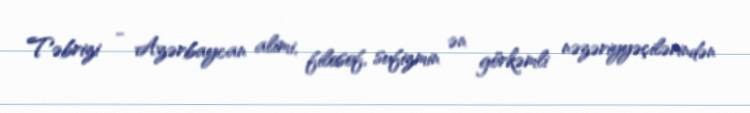
Təbrizi - Azərbaycan alimi, filosof, sufizmin ən görkəmli nəzəriyyəçilərindən